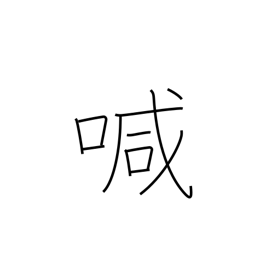
Meaning: call